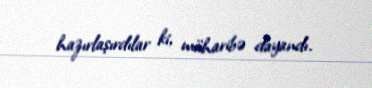
hazırlaşırdılar ki, müharibə dayandı.